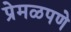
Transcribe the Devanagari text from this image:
प्रेमळपणे